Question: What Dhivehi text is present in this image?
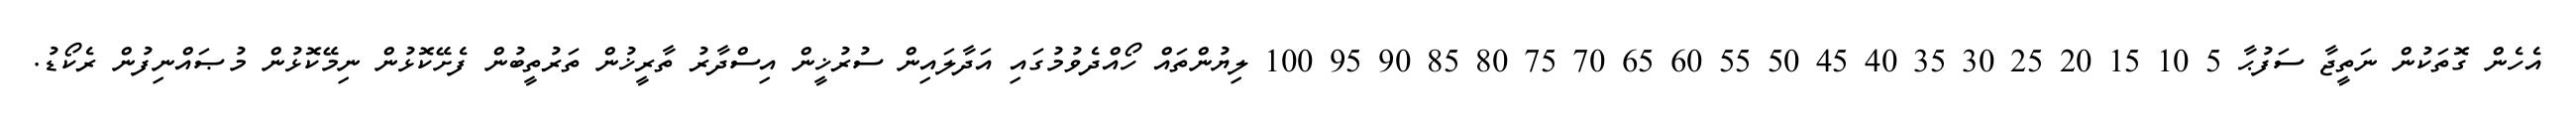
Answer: އެހެން ގޮތަކުން ނަތީޖާ ސަފުޙާ 5 10 15 20 25 30 35 40 45 50 55 60 65 70 75 80 85 90 95 100 ލިޔުންތައް ހޯއްދެވުމުގައި އަދާލައިން ސުރުޚީން އިސްދާރު ތާރީޚުން ތަރުތީބުން ފެށޭކޮޅުން ނިމޭކޮޅުން މުޞައްނިފުން ރެކޯޑު.